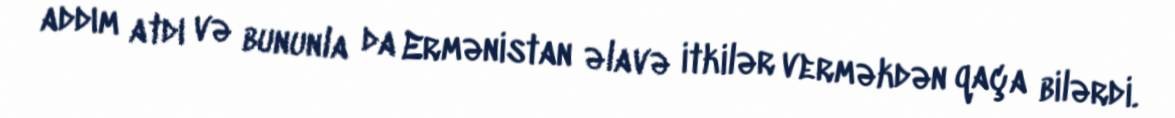
addım atdı və bununla da Ermənistan əlavə itkilər verməkdən qaça bilərdi.